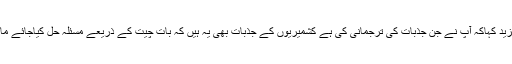
انہوں نے مزید کہاکہ آپ نے جن جذبات کی ترجمانی کی ہے کشمیریوں کے جذبات بھی یہ ہیں کہ بات چیت کے ذریعے مسئلہ حل کیاجائے مارڈھاربندہو۔